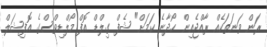
ރަން ވަނަތަކެއް ރާއްޖެއިން ހޯދާނެ ކަމަށް" ޝެފް ގިލްޑް އޮފް މޯލްޑިވްސްގެ އޮފިޝަލް